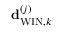
{ \bf { d } } _ { \mathrm { W I N } , k } ^ { \left( j \right) }